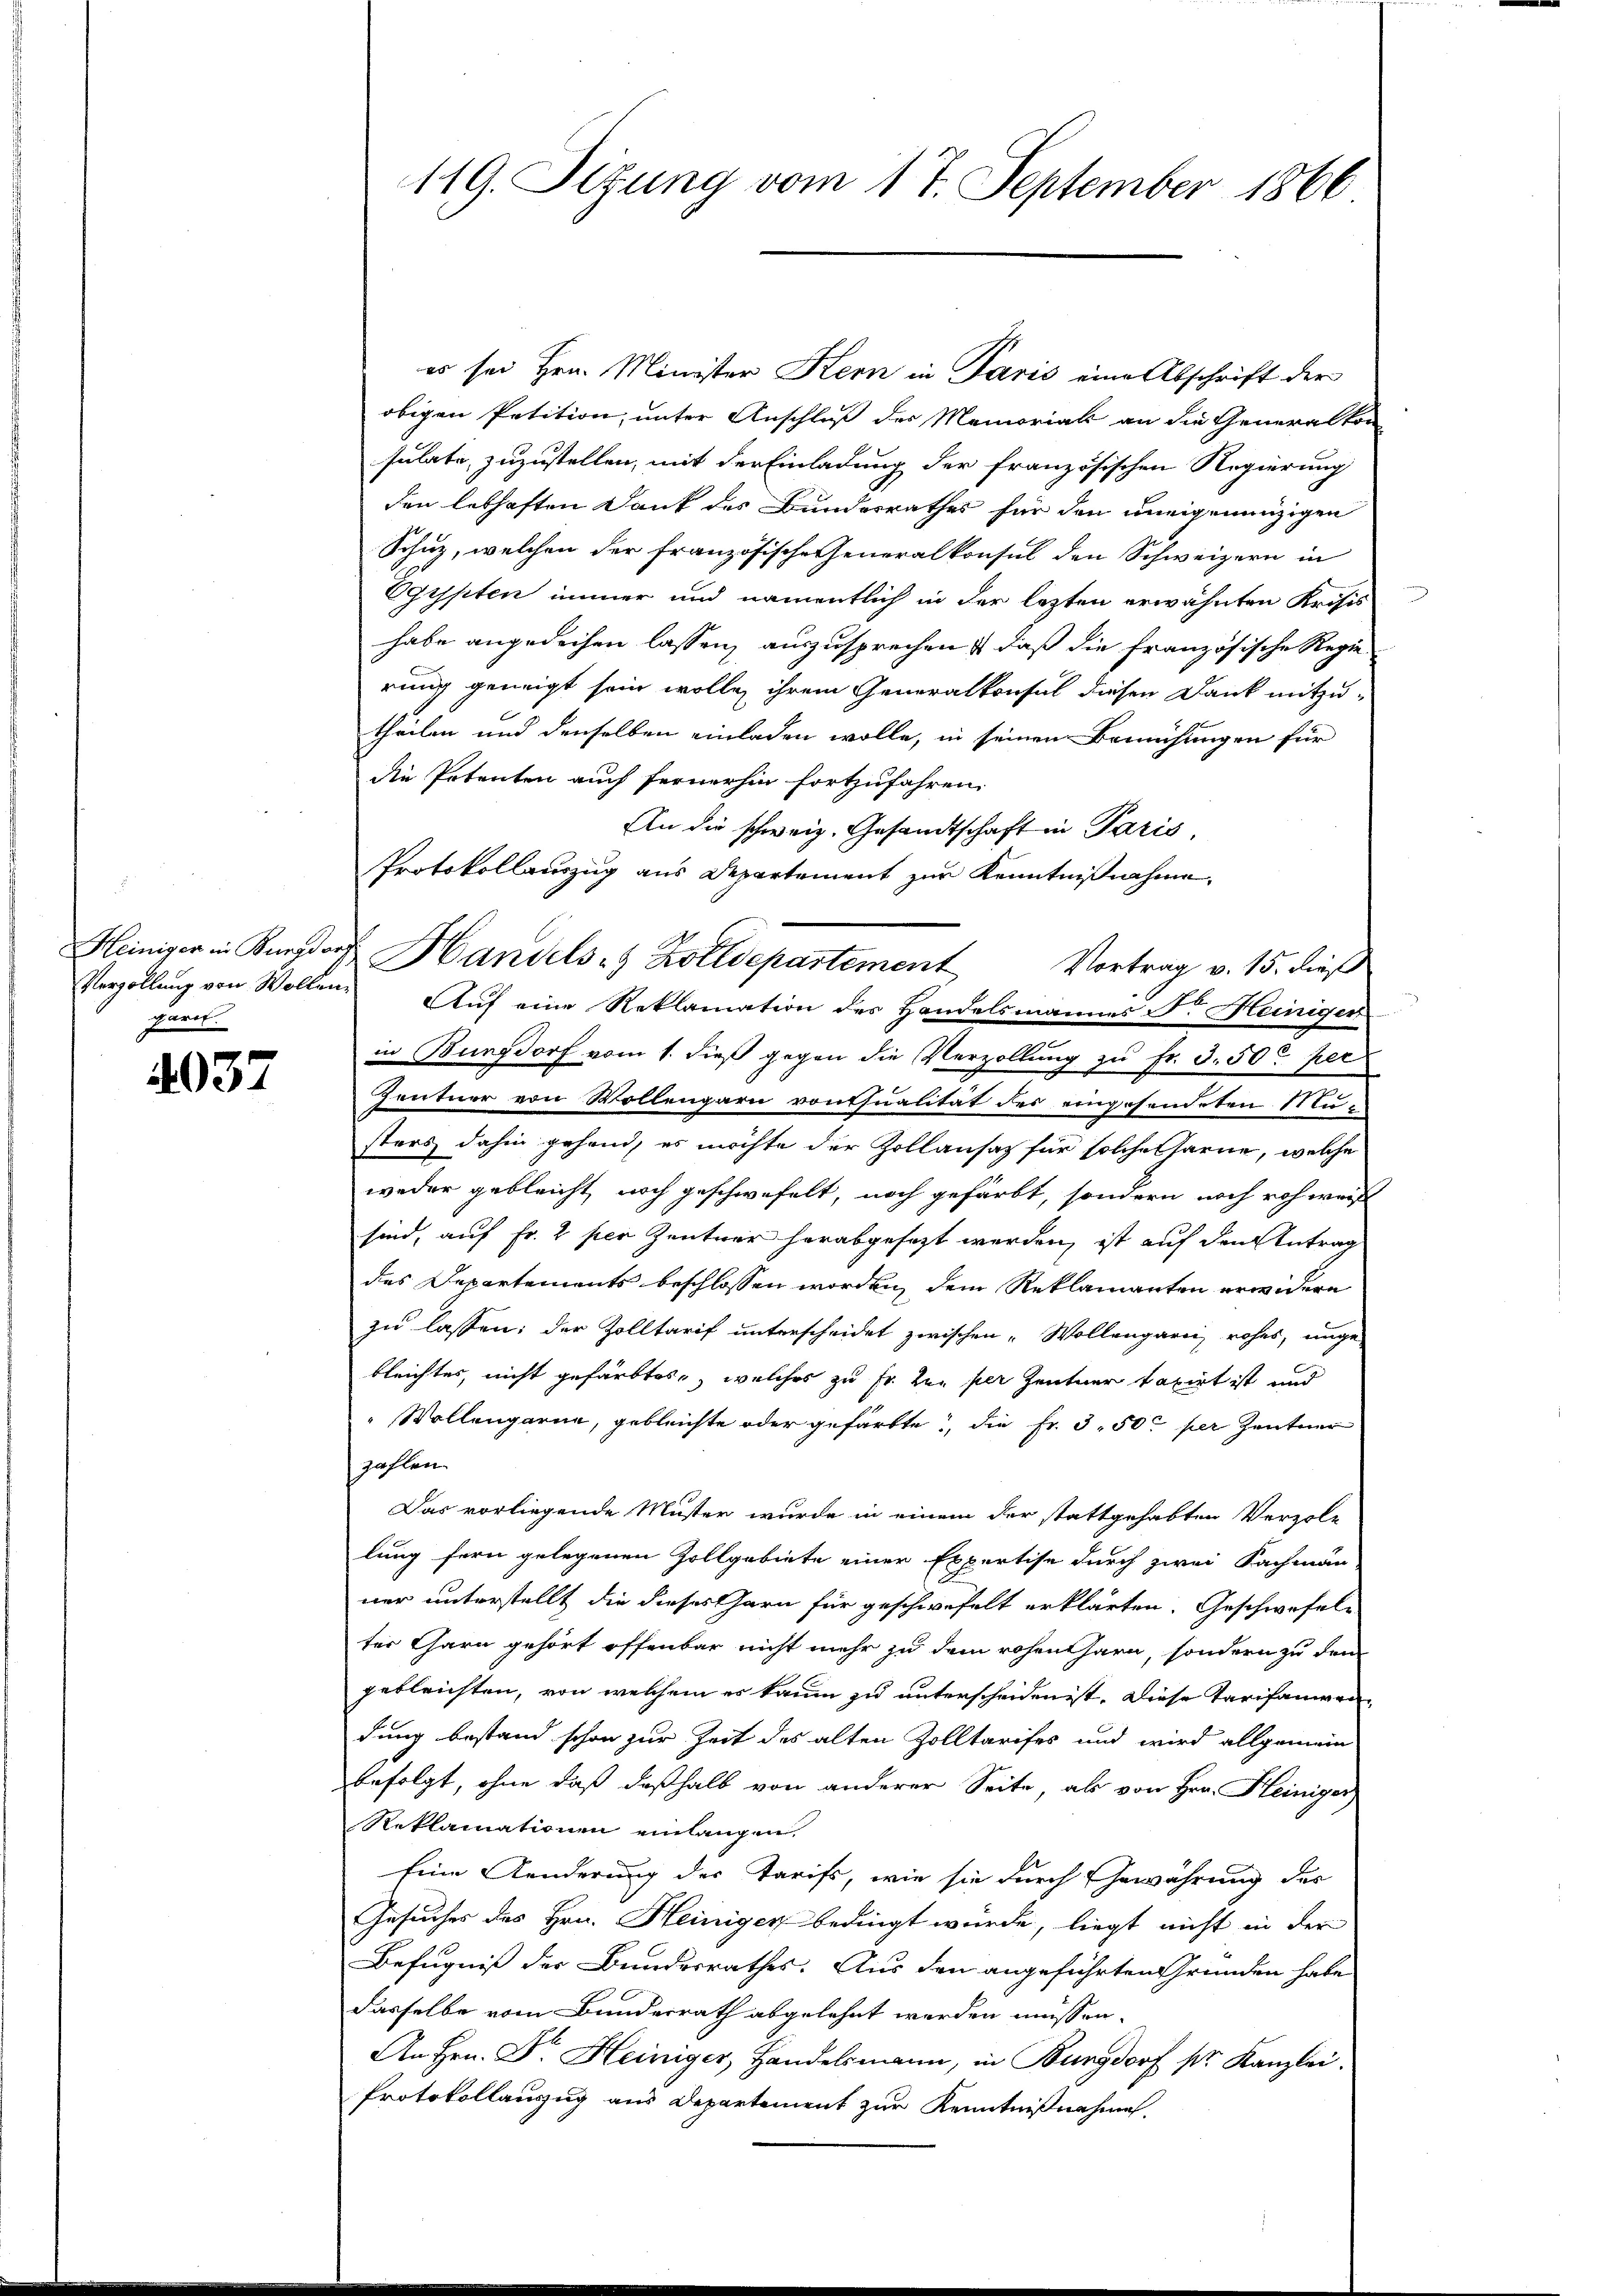
parit.

037

es sei Hrn. Minister Kern in Paris eine Abschrift der
obigen Petition, unter Anschluß des Memorial an die Generalkon-
sulate, zuzustellen, mit der Einladung der französischen Regierung
den lebhaften Dank des Bundesrathes für den uneigenanzigen
Schutz, welchen der französische Generalkonsul den Schweizern in
Egypten immer und namentlich in der letzten erwähnten Krisis
habe angedeihen lassen, auszusprechen, daß die französische Regie-
rung geneigt sein wollen ihrem Generalkonsul diesen Dank mitzutheilen und denselben einladen wolle, in seinen Bemühungen für
die Petenten auch fernerhin fortzufahren.
An die schweiz. Gesandtschaft in Paris
Protokollauszug aus Departement zur Kenntnißnahme
Heiniger in Burgdorf Handels- & Zolldepartement
Verzöllung von Wollen. Aŭf eine Reklamation des Handelsmannes Fr. Heiniger
in Burgdorf vom 1. dieß gegen die Verzollung zu fr. 3. 50 per
Zentner von Wollengarn vontsualität des eingesendeten Nusters dahin gehend, es möchte der Zollansatz für solche harne, welche
weder gebleicht noch geschwefelt, noch gefärbt, sondern noch roh weis
sind, auf Fr. 2 per Zentner herabgesezt werden, ist auf den Antrag
des Departements beschlossen worden, dem Reklamanten erwidern
zu lassen; der Zolltarif unterscheidet zwischen „Wollengarii, rohes, unge-
bleichtes, nicht gefärbtes, welches zu Fr. zur per Zentner taxirt ist und
Wollengarne, gebleichte oder gefärbte, die Fr. 3. 50 per Zentner
zahlen.
Das vorliegende Muster wurde in einem der stattgehabten Verzole
lung fern gelegenen Zollgebiete einer Expertise durch zwei Sachmann
ner unterstellt die dieses Garn für geschwefelt erklärten. Geschwefelter Garn gehört offenbar nicht mehr zu dem rohen harn, sondern zu dem
gebleichten, von welchem er kaum zu unterscheiden ist. Diese Tarifaniendung bestand schon zur Zeit des alten Zolltarifes und wird allgemein
befolgt, ohne daß deßhalb von anderer Seite, als von Hrn. Heiniger
Reklamationen einlangen
Eine Aenderung der Tarifs, wie sie durch Gewährung der
Gesucher des Hrn. Heiniger bedingt wurde, liegt nicht in der
Befugniß der Bundesrathes. Aus den angeführten Gründen habe
dasselbe vom Bundesrath abgelehnt werden müssen.
An Hrn. F. Heiniger, Handelsmann, in Burgdorf pr. Kanzlei.
Protokollauszug aus Departement zur Kenntnißnahme.

119. Sizung vom 17. September 1866

Vortrag v. 15. dieß